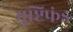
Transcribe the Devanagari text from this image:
मुष्टिफंड